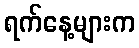
ရက်နေ့များက